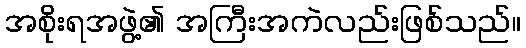
အစိုးရအဖွဲ့၏ အကြီးအကဲလည်းဖြစ်သည်။